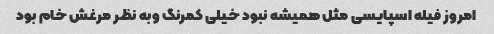
امروز فیله اسپایسی مثل همیشه نبود خیلی کمرنگ وبه نظر مرغش خام بود